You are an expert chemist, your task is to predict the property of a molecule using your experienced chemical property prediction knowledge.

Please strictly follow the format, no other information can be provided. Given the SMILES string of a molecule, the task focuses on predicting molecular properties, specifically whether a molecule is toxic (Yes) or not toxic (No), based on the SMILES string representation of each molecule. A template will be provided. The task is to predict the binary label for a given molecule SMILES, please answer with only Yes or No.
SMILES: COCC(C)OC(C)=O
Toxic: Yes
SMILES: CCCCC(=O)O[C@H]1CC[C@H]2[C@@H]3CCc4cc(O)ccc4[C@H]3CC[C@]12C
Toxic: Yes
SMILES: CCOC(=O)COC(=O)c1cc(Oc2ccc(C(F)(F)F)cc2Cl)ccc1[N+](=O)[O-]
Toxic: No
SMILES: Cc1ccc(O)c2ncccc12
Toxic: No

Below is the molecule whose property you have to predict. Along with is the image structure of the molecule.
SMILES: Cc1ccc(CCn2c3c(c4cc(Cl)ccc42)CN(C)CC3)cn1
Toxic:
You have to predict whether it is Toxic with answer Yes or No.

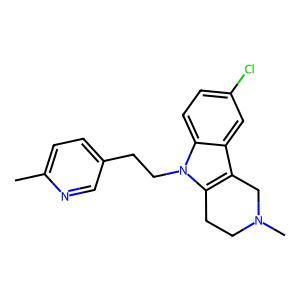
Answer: No